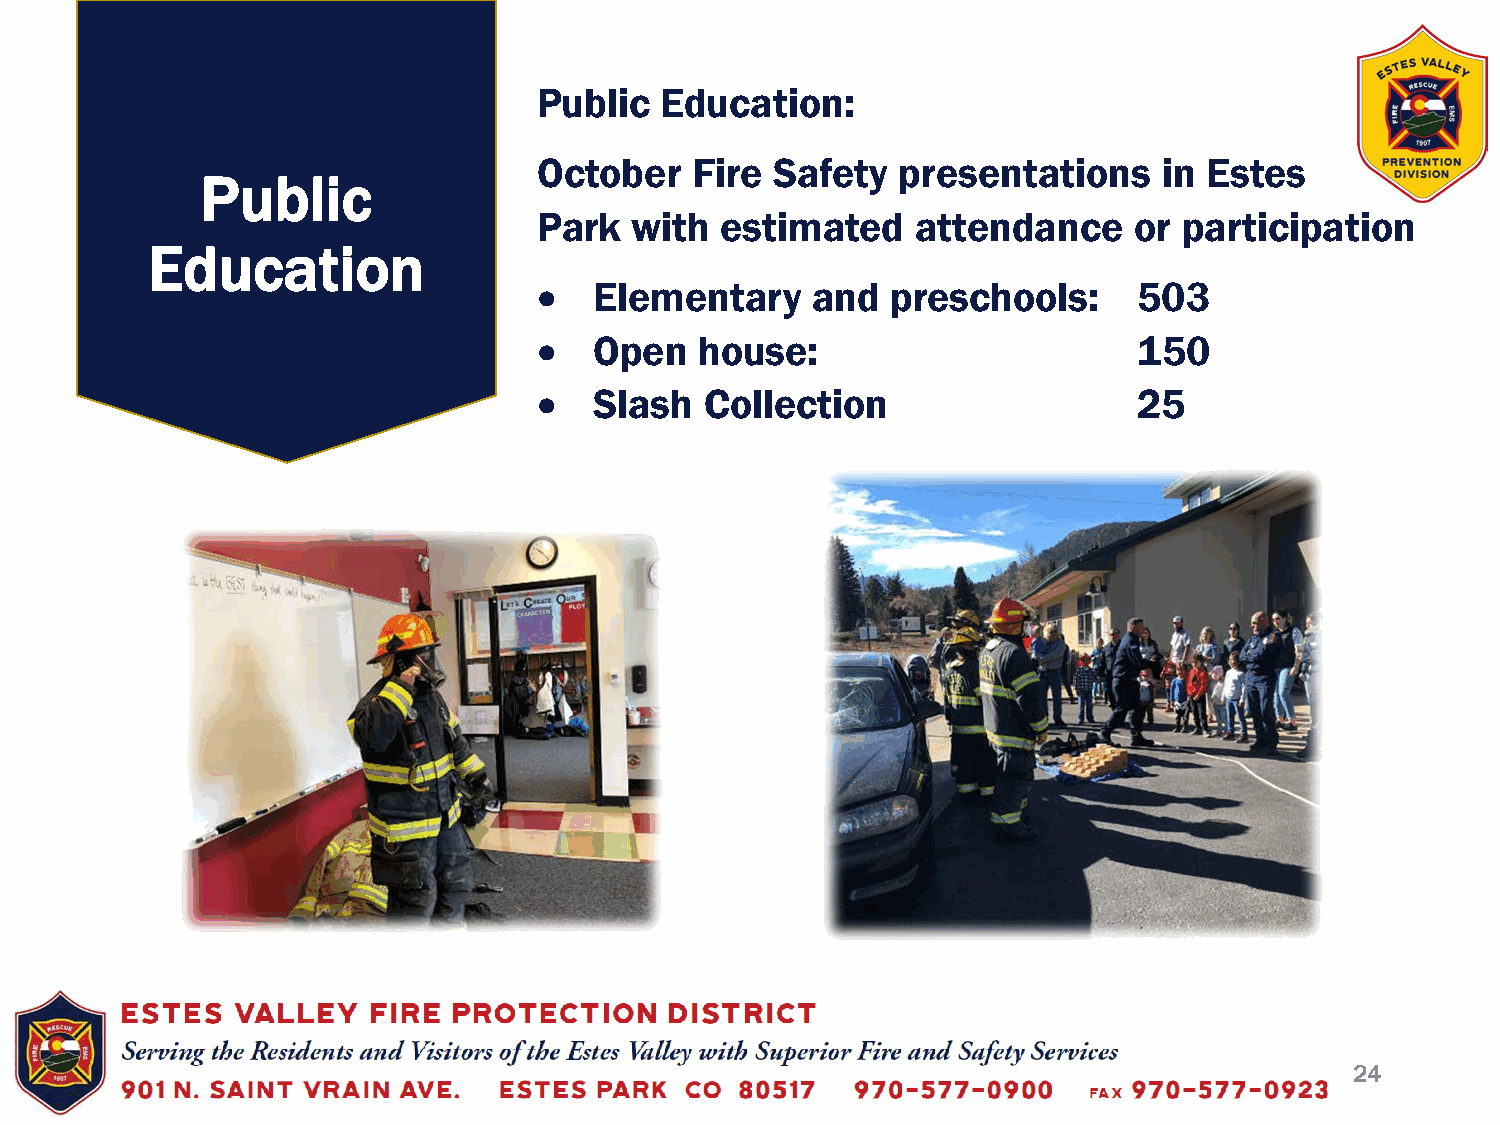
Public  Education:
 October   Fire Safety   presentations    in Estes
 Public
 Park  with  estimated    attendance    or participation
 Education
 •  Elementary     and  preschools:     503
 •  Open   house:                       150
 •  Slash   Collection                  25
 24